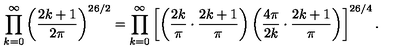
\prod _ { k = 0 } ^ { \infty } \left( \frac { 2 k + 1 } { 2 \pi } \right) ^ { 2 6 / 2 } = \prod _ { k = 0 } ^ { \infty } \left[ \left( \frac { 2 k } { \pi } \cdot \frac { 2 k + 1 } { \pi } \right) \left( \frac { 4 \pi } { 2 k } \cdot \frac { 2 k + 1 } { \pi } \right) \right] ^ { 2 6 / 4 } .